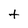
Character: t